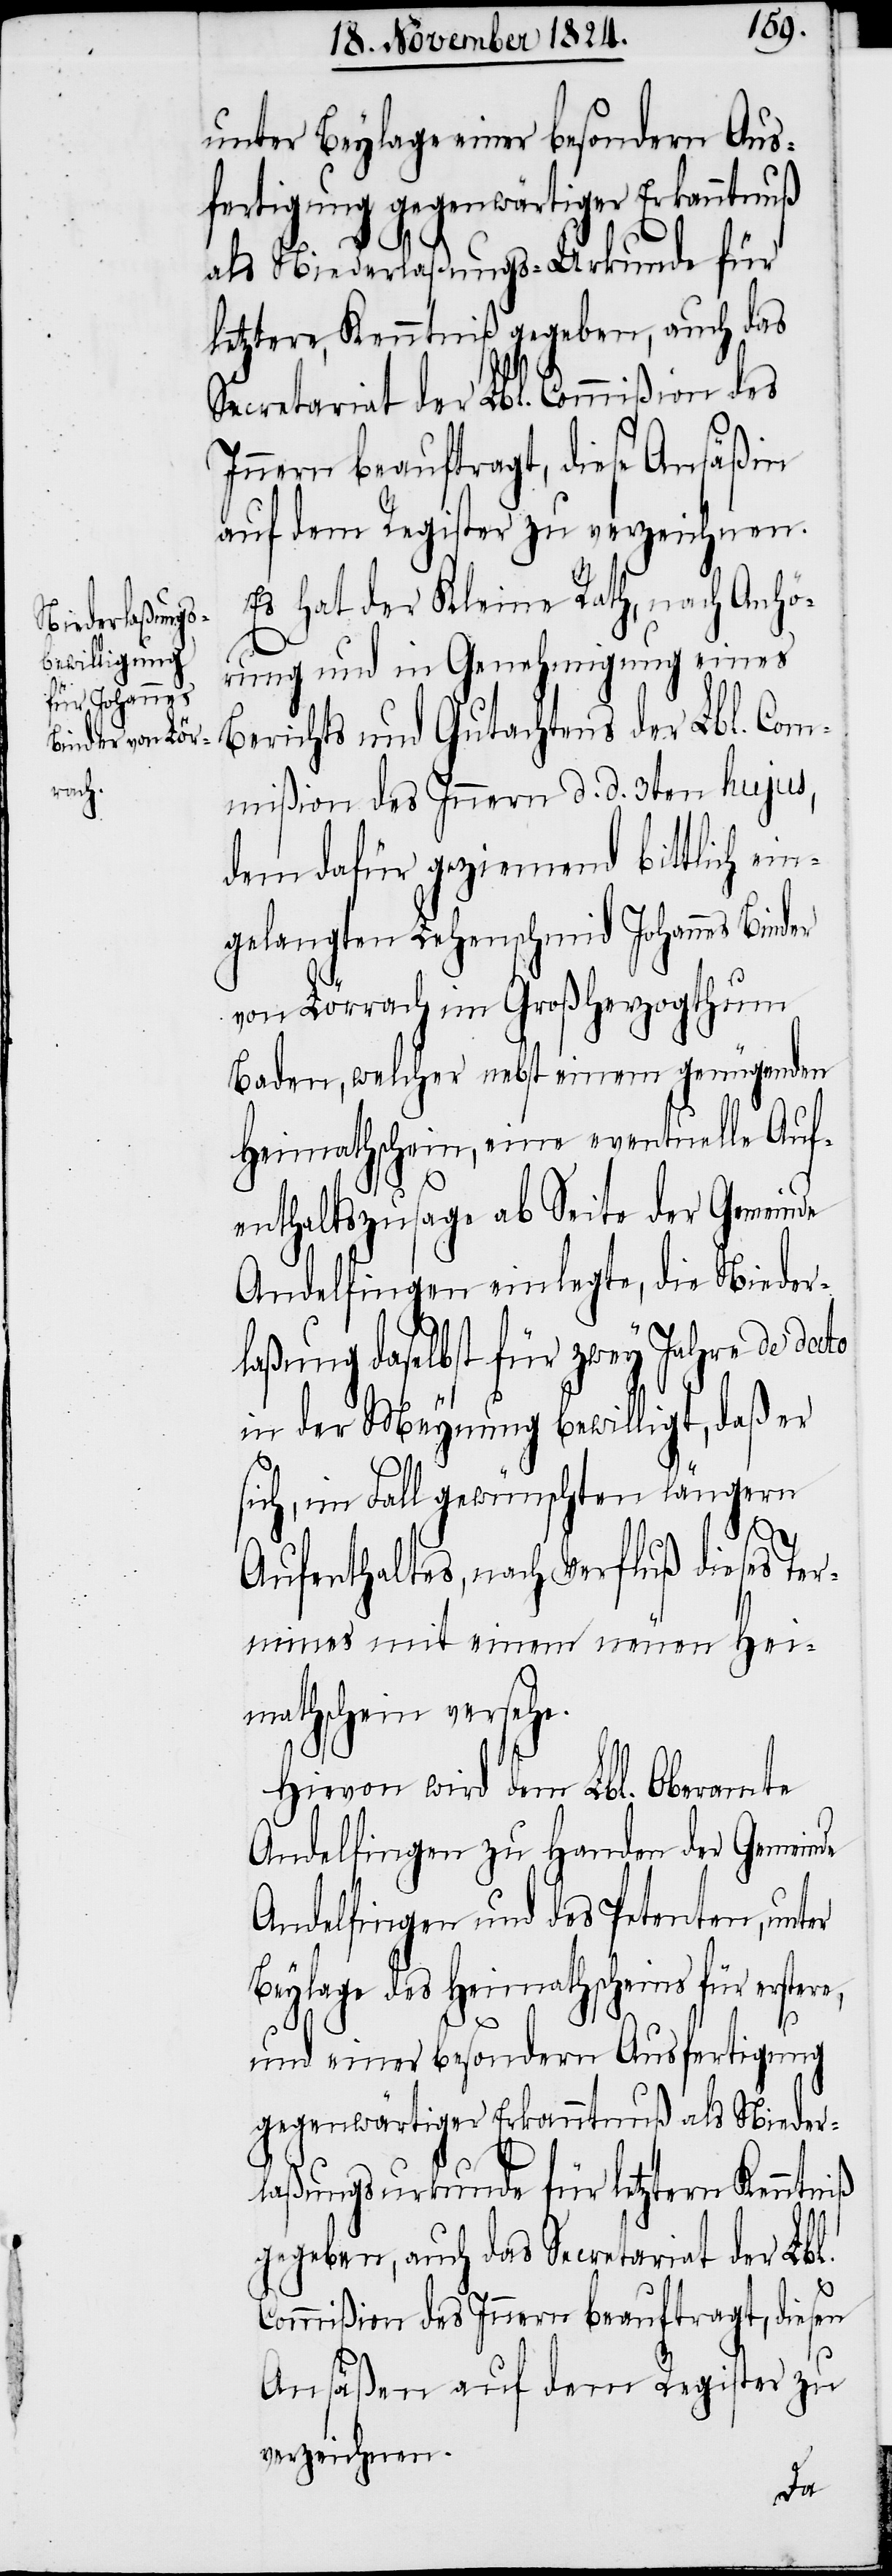
unter Beylage einer besondern Aus¬
fertigung gegenwärtiger Erkanntnuß
als Niederlaßungs-Urkunde für
letztere, Kenntniß gegeben, auch das
Secretariat der Lbl. Commißion des
Innern beauftragt, diese Ansäßin
auf dem Register zu verzeichnen.
Es hat der Kleine Rath, nach Anhö¬
rung und in Genehmigung eines
Berichts und Gutachtens der Lbl. Com¬
mißion des Innern d. d. 3ten hujus,
dem dafür geziemend bittlich ein¬
gelangten Lehenschmid Johannes Binder
von Lörrach im Großherzogthum
Baden, welcher nebst einem genügenden
Heimathschein, eine eventuelle Auf¬
enthaltszusage ab Seite der Gemeinde
Andelfingen einlegte, die Nieder¬
laßung daselbst für zwey Jahre de dato
in der Meynung bewilligt, daß er
sich, im Fall gewünschten längern
Aufenthaltes, nach Verfluß dieses Ter¬
mines mit einem neuen Hei¬
mathschein versehe.
Hievon wird dem Lbl. Oberamte
Andelfingen zu Handen der Gemeinde
Andelfingen und des Petenten, unter
Beylage des Heimathscheins für erstere,
und einer besondern Ausfertigung
gegenwärtiger Erkanntnuß als Nieder¬
laßungsurkunde für letztere Kenntniß
gegeben, auch das Secretariat der Lbl.
Commißion des Innern beauftragt, diesen
Ansäßen auf dem Register zu
verzeichnen.